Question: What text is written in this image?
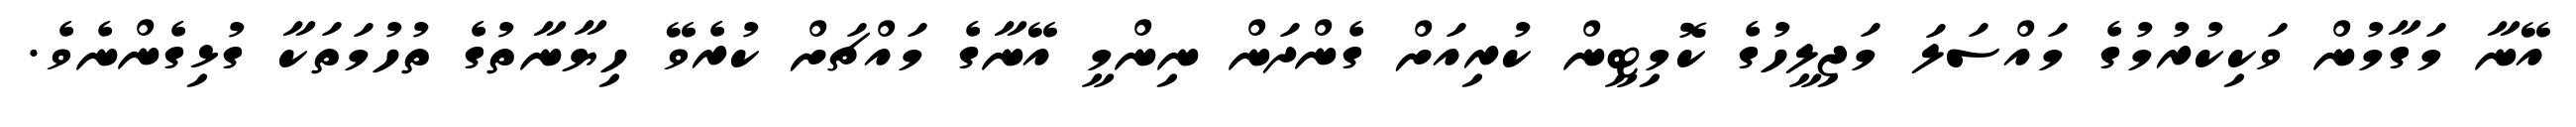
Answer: އޭނާ މަގާމުން ވަކިކުރުމުގެ މައްސަލަ މަޖިލީހުގެ ކޮމިޓީން ކުރިއަށް ގެންދަން ނިންމީ އޭނާގެ މައްޗަށް ކުރެވޭ ހިޔާނާތުގެ ތުހުމަތަކާ ގުޅިގެންނެވެ.